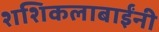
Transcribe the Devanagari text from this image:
शशिकलाबाईंनी